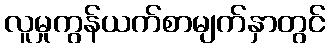
လူမှုကွန်ယက်စာမျက်နှာတွင်